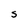
Character: S